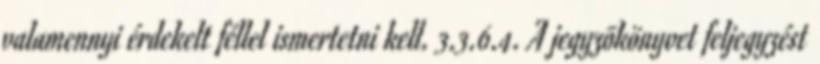
valamennyi érdekelt féllel ismertetni kell. 3.3.6.4. A jegyzõkönyvet feljegyzést